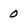
Character: 0